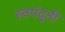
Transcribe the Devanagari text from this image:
स्वयंदूती